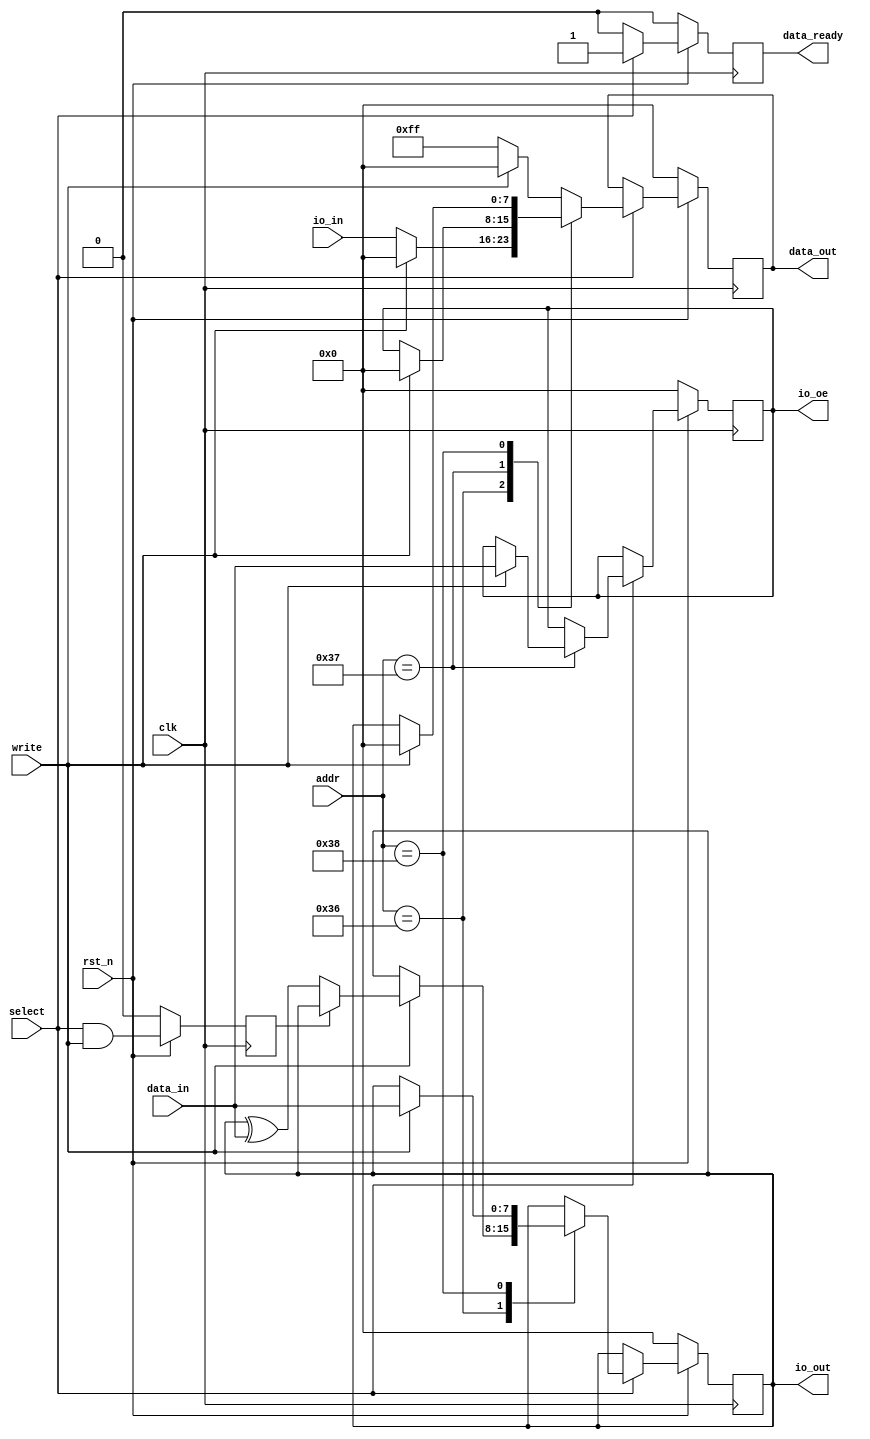
// SPDX-FileCopyrightText:  2021 Uri Shaked <uri@wokwi.com>
// SPDX-License-Identifier: MIT

`default_nettype none

module spell_mem_io (
    input wire rst_n,
    input wire clk,
    input wire select,
    input wire [7:0] addr,
    input wire [7:0] data_in,
    input wire write,
    output reg [7:0] data_out,
    output reg data_ready,

    /* IO */
    input  wire [7:0] io_in,
    output reg  [7:0] io_out,
    output reg  [7:0] io_oe    // out enable (active high)
);

  localparam REG_PIN = 8'h36;
  localparam REG_DDR = 8'h37;
  localparam REG_PORT = 8'h38;

  reg past_write;

  always @(posedge clk) begin
    if (~rst_n) begin
      io_out <= 8'b00000000;
      io_oe  <= 8'b00000000;
      data_out <= 8'b0;
      data_ready <= 1'b0;
      past_write <= 1'b0;
    end else begin
      past_write <= select & write;
      if (select) begin
        data_out   <= 8'b0;
        data_ready <= 1'b1;

        case (addr)
          REG_PIN: begin
            if (write) begin
              if (~past_write) io_out <= io_out ^ data_in;
            end else begin
              data_out <= io_in;
            end
          end
          REG_DDR: begin
            if (write) begin
              io_oe <= data_in;
            end else begin
              data_out <= io_oe;
            end
          end
          REG_PORT: begin
            if (write) begin
              io_out <= data_in;
            end else begin
              data_out <= io_out;
            end
          end
          default: begin
            if (~write) data_out <= 8'hff;
          end
        endcase
      end else data_ready <= 1'b0;
    end
  end
endmodule